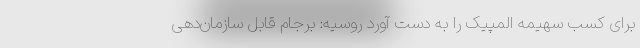
برای کسب سهیمه المپیک را به دست آورد روسیه: برجام قابل سازمان‌دهی